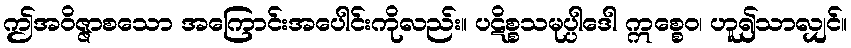
ဤအဝိဇ္ဇာစသော အကြောင်းအပေါင်းကိုလည်း။ ပဋိစ္စသမုပ္ပါဒေါ ဣစ္စေဝ၊ ဟူ၍သာလျှင်။